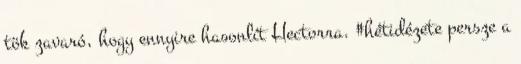
tök zavaró, hogy ennyire hasonlít Hectorra. #hétidézete persze a